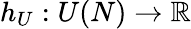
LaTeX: h_{U}:U(N)\to\mathbb{R}